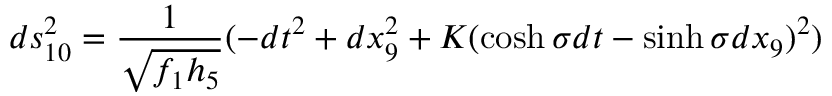
d s _ { 1 0 } ^ { 2 } = \frac { 1 } { \sqrt { f _ { 1 } h _ { 5 } } } ( - d t ^ { 2 } + d x _ { 9 } ^ { 2 } + K ( \cosh \sigma d t - \sinh \sigma d x _ { 9 } ) ^ { 2 } )